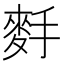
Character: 𪌐